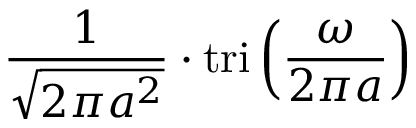
{ \frac { 1 } { \sqrt { 2 \pi a ^ { 2 } } } } \cdot \operatorname { t r i } \left( { \frac { \omega } { 2 \pi a } } \right)